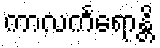
ကာလင်္ကရောန္တိ